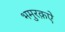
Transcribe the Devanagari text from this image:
भमुरक़ऐ